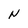
Character: N